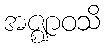
အဇ္ဈာဝသိ